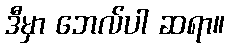
ဒီမှာ ဘေလ်ပါ ဆရာ။